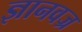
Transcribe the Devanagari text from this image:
ज्ञानवज्र